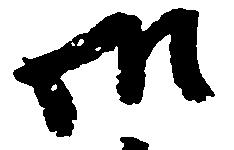
御